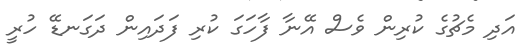
އަދި މެޗުގެ ކުރިން ވެސް އޭނާ ފާހަގަ ކުރި ފަދައިން ދަގަނޑޭ ހުރީ